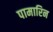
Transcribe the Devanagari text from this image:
पामारिन